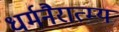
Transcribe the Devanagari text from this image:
धर्मनैरात्म्य